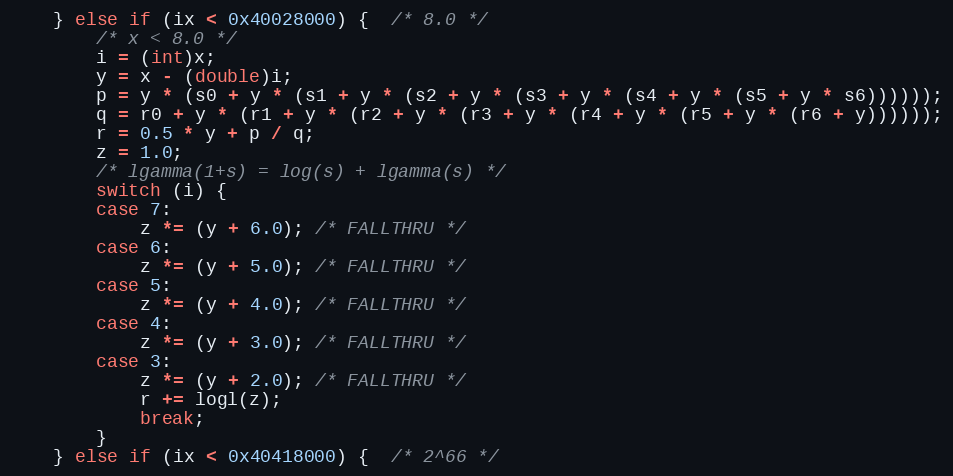
Language: C
	} else if (ix < 0x40028000) {  /* 8.0 */
		/* x < 8.0 */
		i = (int)x;
		y = x - (double)i;
		p = y * (s0 + y * (s1 + y * (s2 + y * (s3 + y * (s4 + y * (s5 + y * s6))))));
		q = r0 + y * (r1 + y * (r2 + y * (r3 + y * (r4 + y * (r5 + y * (r6 + y))))));
		r = 0.5 * y + p / q;
		z = 1.0;
		/* lgamma(1+s) = log(s) + lgamma(s) */
		switch (i) {
		case 7:
			z *= (y + 6.0); /* FALLTHRU */
		case 6:
			z *= (y + 5.0); /* FALLTHRU */
		case 5:
			z *= (y + 4.0); /* FALLTHRU */
		case 4:
			z *= (y + 3.0); /* FALLTHRU */
		case 3:
			z *= (y + 2.0); /* FALLTHRU */
			r += logl(z);
			break;
		}
	} else if (ix < 0x40418000) {  /* 2^66 */